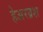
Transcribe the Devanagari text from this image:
हेअरब्रश